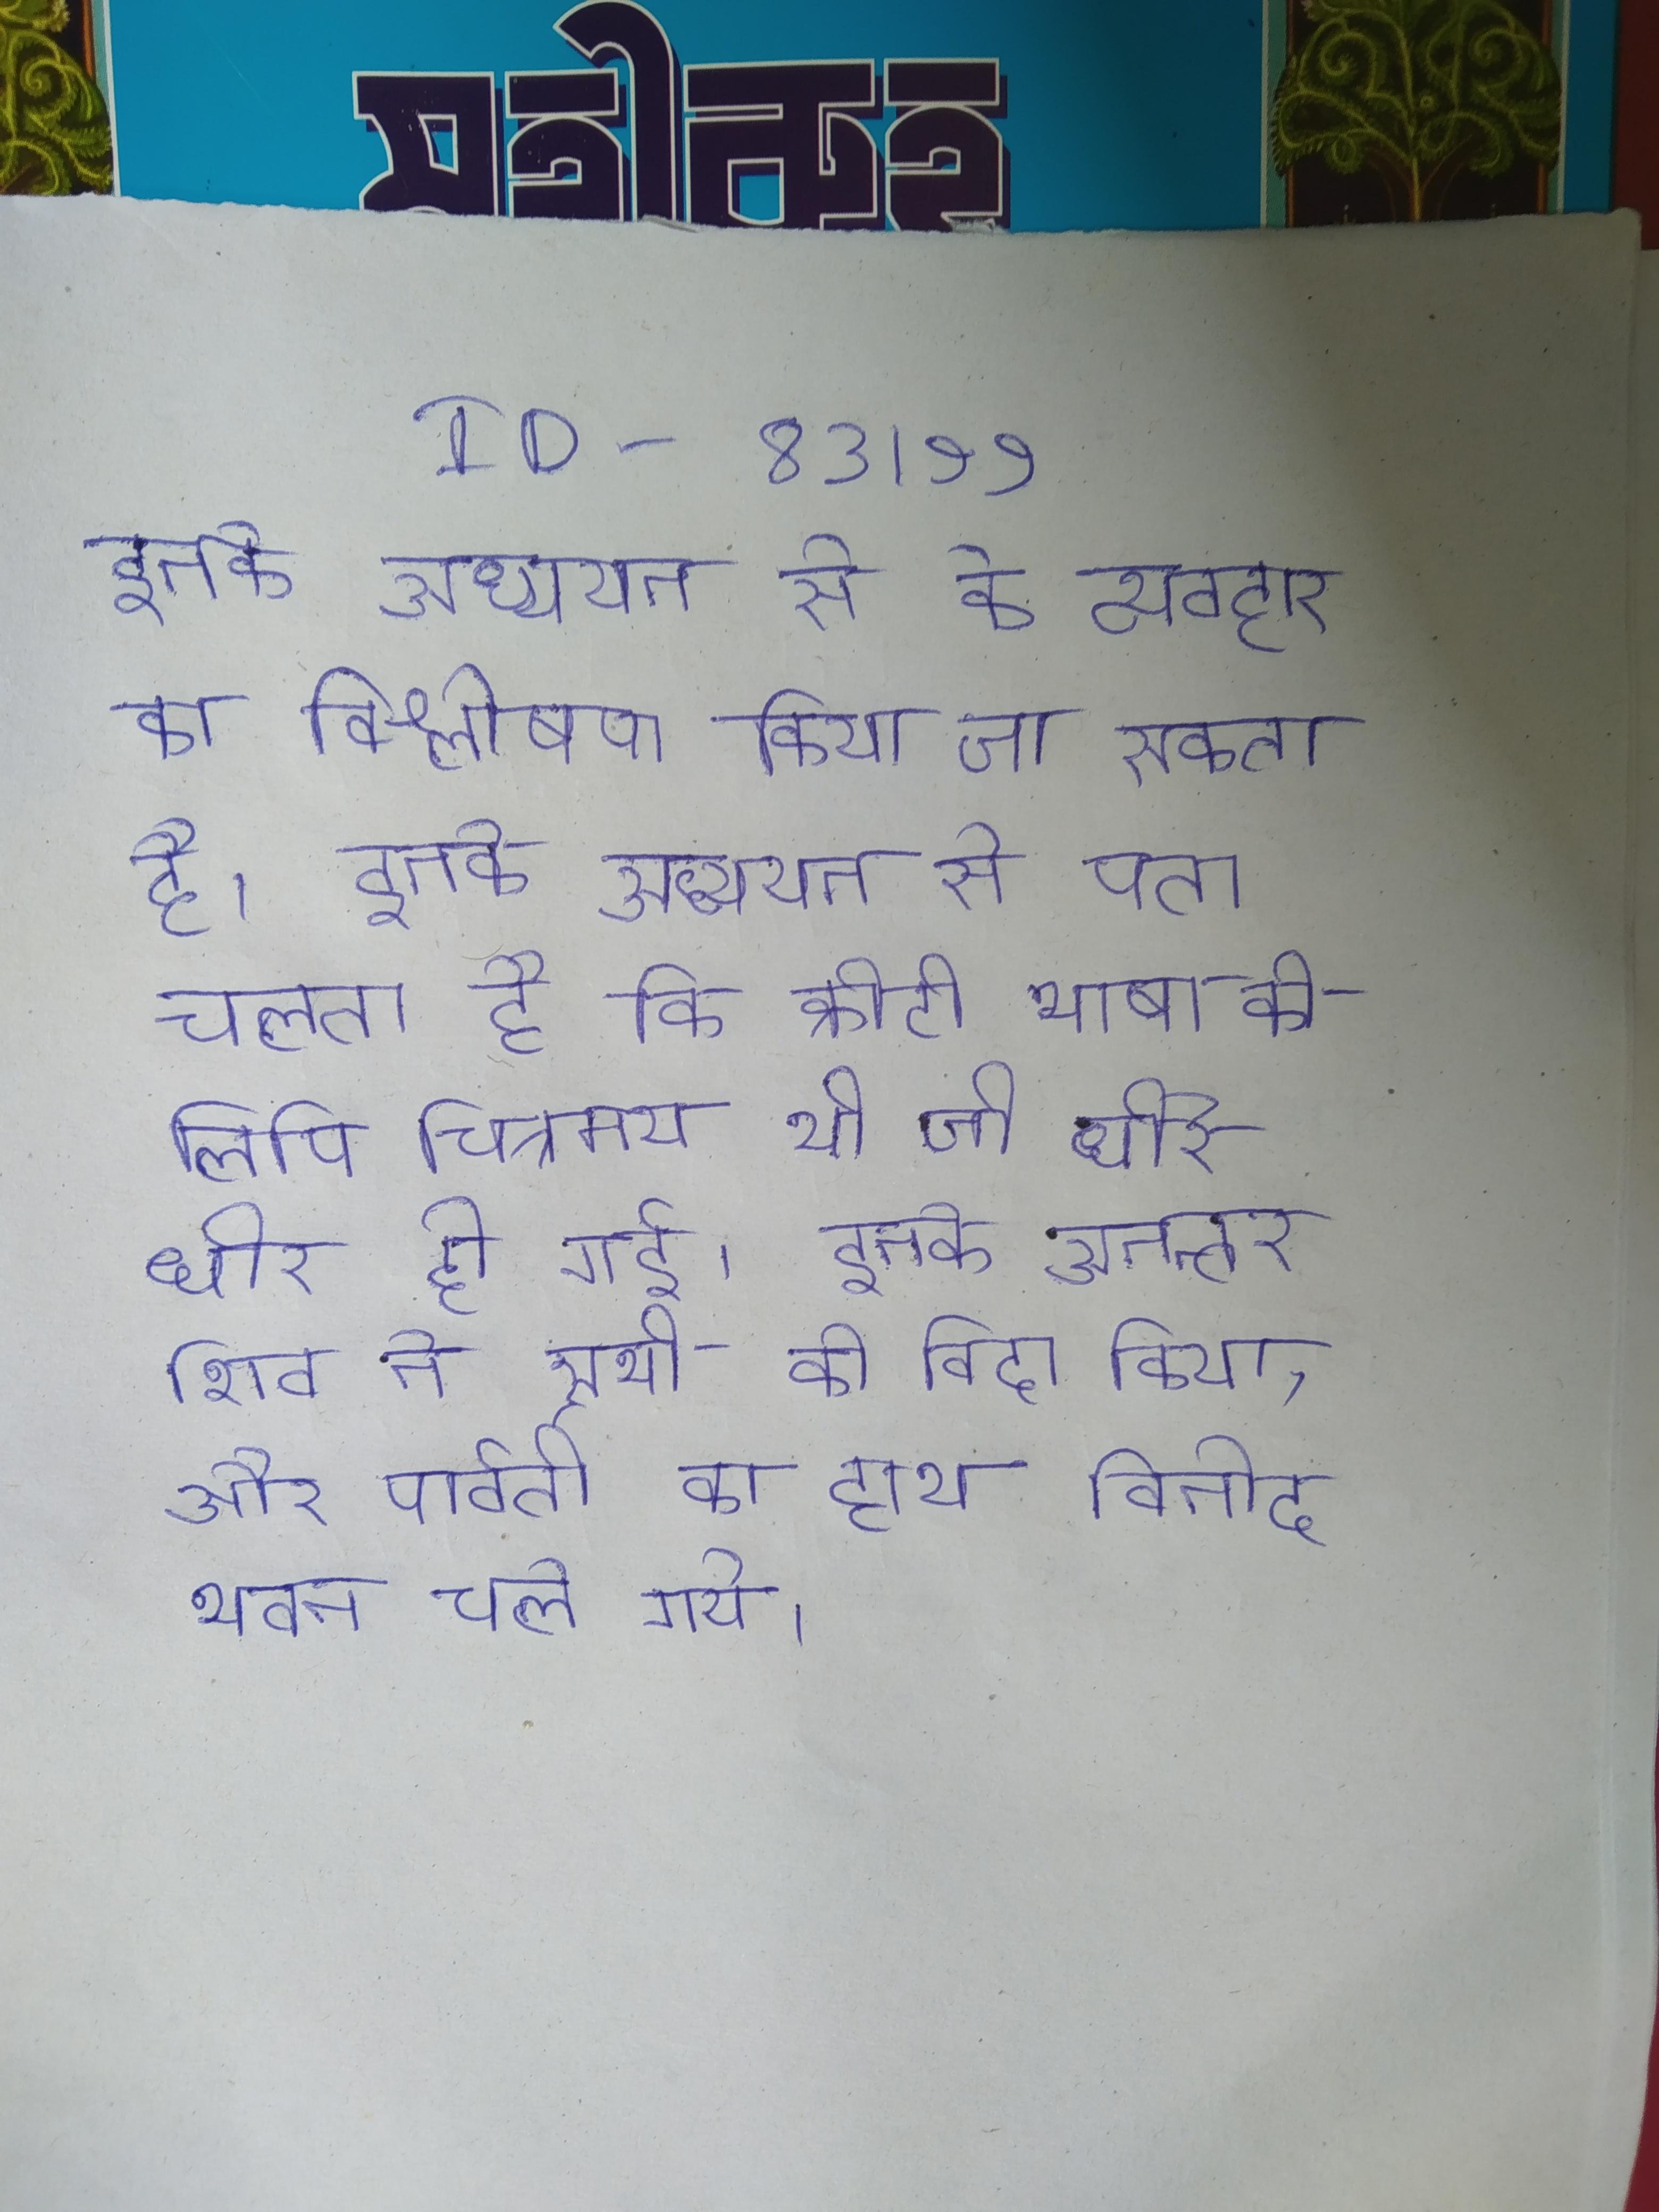
इनके अध्ययन से के व्यवहार का विश्लेषण किया जा सकता है । इनके अध्ययन से पता चलता है कि क्रीटी भाषा की लिपि चित्रमय थी जो धीरे धीरे हो गई । इनके अनन्तर शिव ने सभी को विदा किया, और पार्वती का हाथ विनोद भवन चले गये ।